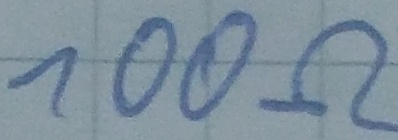
Text: 100Ω